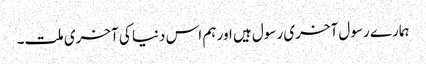
ہمارے رسول آخری رسول ہیں اور ہم اس دنیا کی آخری ملت۔